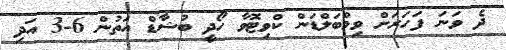
ދެ ވަނަ ފަހަރަށް ވިމްބަލްޑަން ކްވިޓޮވާ ހޯދީ ބުޝާޑް އަތުން 6-3 އަދި